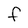
Character: F